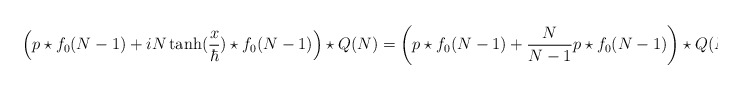
\begin{align*}\left( p \star f_0(N-1)+ iN\tanh({x\over\hbar} )\star f_0(N-1)\right ) \star Q(N)=\left( p \star f_0(N-1)+ {N\over N-1} p \star f_0(N-1) \right) \star Q(N)\end{align*}